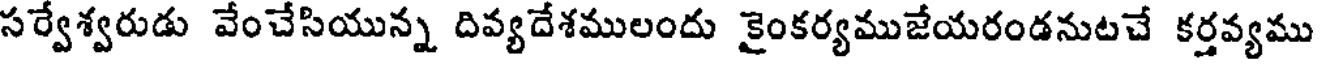
సర్వేశ్వరుడు వేంచేసియున్న దివ్యదేశములందు కైంకర్యముజేయరండనుటచే కర్తవ్యము